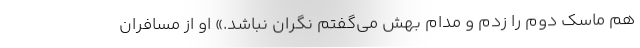
هم ماسک دوم را زدم و مدام بهش می‌گفتم نگران نباشد.» او از مسافران